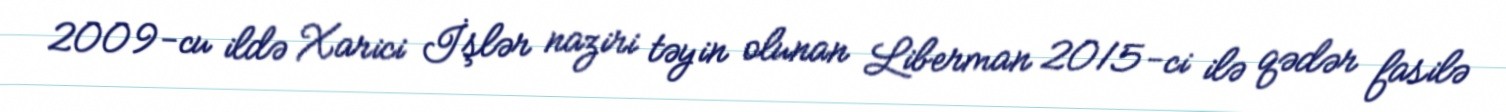
2009-cu ildə Xarici İşlər naziri təyin olunan Liberman 2015-ci ilə qədər fasilə